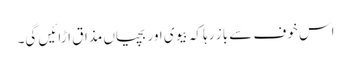
اس خوف سے باز رہا کہ بیوی اور بچیاں مذاق اڑائیں گی۔